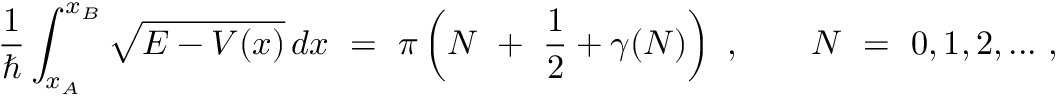
\frac { 1 } { \hbar } \int _ { x _ { A } } ^ { x _ { B } } \sqrt { E - V ( x ) } \, d x \ = \ \pi \left( N \ + \ \frac { 1 } { 2 } + \gamma ( N ) \right) \ , \qquad N \ = \ 0 , 1 , 2 , . . . \ ,